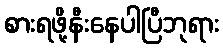
စားရဖို့နီးနေပါပြီဘုရား